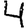
Digit: 4